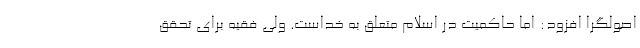
اصولگرا افزود: اما حاکمیت در اسلام متعلق به خداست. ولی فقیه برای تحقق